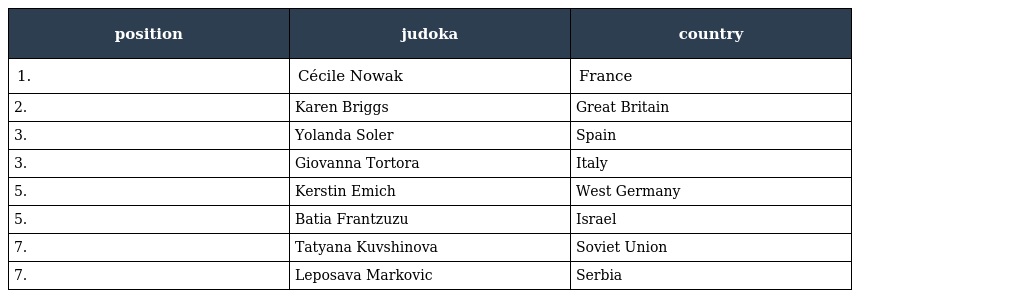
| position | judoka | country |
 | --- | --- | --- |
 | 1. | Cécile Nowak | France |
 | 2. | Karen Briggs | Great Britain |
 | 3. | Yolanda Soler | Spain |
 | 3. | Giovanna Tortora | Italy |
 | 5. | Kerstin Emich | West Germany |
 | 5. | Batia Frantzuzu | Israel |
 | 7. | Tatyana Kuvshinova | Soviet Union |
 | 7. | Leposava Markovic | Serbia |